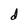
Character: d